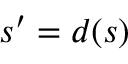
s ^ { \prime } = d ( s )